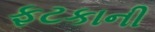
ફટકાની